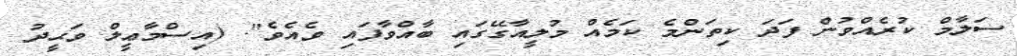
ސަލާމް ކުރެއްވުން ފަދަ ކިތަންމެ ކަމެއް މުލީއާގޭގައި ބާއްވާފައި ވެއެވެ". (އިސްމާޢީލް ވަޙީދު